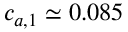
c _ { a , 1 } \simeq 0 . 0 8 5